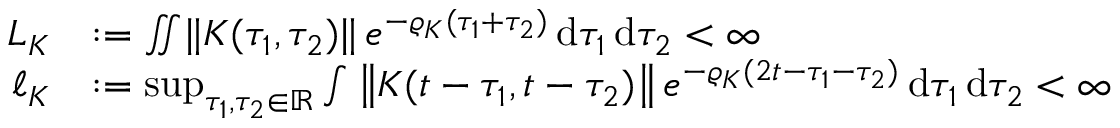
\begin{array} { r l } { L _ { K } } & { \mathrel { \mathop : } = \iint \lVert K ( \tau _ { 1 } , \tau _ { 2 } ) \rVert \, e ^ { - \varrho _ { K } ( \tau _ { 1 } + \tau _ { 2 } ) } \mathop { \mathrm { d } \tau _ { 1 } } \mathop { \mathrm { d } \tau _ { 2 } } < \infty } \\ { \ell _ { K } } & { \mathrel { \mathop : } = \operatorname* { s u p } _ { \tau _ { 1 } , \tau _ { 2 } \in \mathbb { R } } \int \left\| K ( t - \tau _ { 1 } , t - \tau _ { 2 } ) \right\| e ^ { - \varrho _ { K } ( 2 t - \tau _ { 1 } - \tau _ { 2 } ) } \mathop { \mathrm { d } \tau _ { 1 } } \mathop { \mathrm { d } \tau _ { 2 } } < \infty } \end{array}